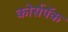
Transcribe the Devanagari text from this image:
कोर्सपॅक